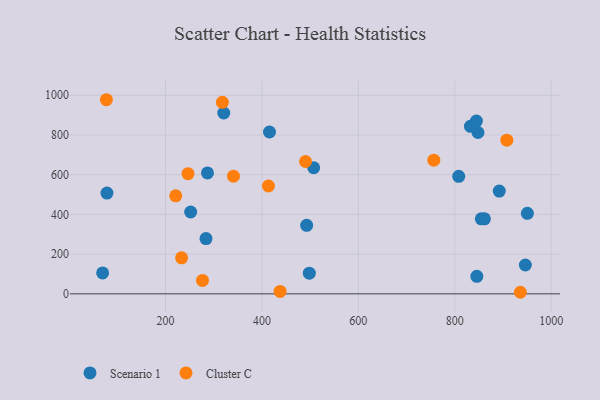
{"axis": {"x": "Speed", "y": "Profit"}, "legend": ["Cluster C", "Scenario 1"], "data": [{"x": "844.8", "y": 869.9, "type": "Scenario 1"}, {"x": "950.6", "y": 405.2, "type": "Scenario 1"}, {"x": "848.2", "y": 812.3, "type": "Scenario 1"}, {"x": "492.8", "y": 345.0, "type": "Scenario 1"}, {"x": "498.3", "y": 104.0, "type": "Scenario 1"}, {"x": "892.3", "y": 517.6, "type": "Scenario 1"}, {"x": "284.0", "y": 278.5, "type": "Scenario 1"}, {"x": "861.5", "y": 377.6, "type": "Scenario 1"}, {"x": "252.2", "y": 412.1, "type": "Scenario 1"}, {"x": "946.4", "y": 145.3, "type": "Scenario 1"}, {"x": "320.9", "y": 910.6, "type": "Scenario 1"}, {"x": "832.5", "y": 843.3, "type": "Scenario 1"}, {"x": "808.2", "y": 591.9, "type": "Scenario 1"}, {"x": "507.4", "y": 634.8, "type": "Scenario 1"}, {"x": "78.6", "y": 507.6, "type": "Scenario 1"}, {"x": "845.8", "y": 88.0, "type": "Scenario 1"}, {"x": "415.7", "y": 815.0, "type": "Scenario 1"}, {"x": "287.1", "y": 608.8, "type": "Scenario 1"}, {"x": "69.6", "y": 105.5, "type": "Scenario 1"}, {"x": "855.1", "y": 377.5, "type": "Scenario 1"}, {"x": "246.7", "y": 604.9, "type": "Cluster C"}, {"x": "908.0", "y": 773.7, "type": "Cluster C"}, {"x": "233.4", "y": 181.5, "type": "Cluster C"}, {"x": "77.4", "y": 977.4, "type": "Cluster C"}, {"x": "276.7", "y": 67.5, "type": "Cluster C"}, {"x": "490.5", "y": 666.4, "type": "Cluster C"}, {"x": "936.1", "y": 7.9, "type": "Cluster C"}, {"x": "756.6", "y": 672.8, "type": "Cluster C"}, {"x": "413.5", "y": 542.9, "type": "Cluster C"}, {"x": "318.0", "y": 964.3, "type": "Cluster C"}, {"x": "437.7", "y": 12.3, "type": "Cluster C"}, {"x": "221.2", "y": 493.6, "type": "Cluster C"}, {"x": "341.0", "y": 592.4, "type": "Cluster C"}]}